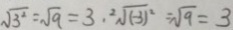
\sqrt { 3 ^ { 2 } } = \sqrt { 9 } = 3 , ^ { 2 } \sqrt { ( - 3 ) ^ { 2 } } = \sqrt { 9 } = 3